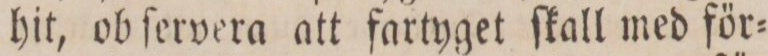
hit, ob ſervera att fartyget ſkall med för=